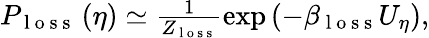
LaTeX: \begin{array}{r}{P_{\mathrm{~l~o~s~s~}}\left(\eta\right)\simeq\frac{1}{Z_{\mathrm{~l~o~s~s~}}}\exp\left(-\beta_{\mathrm{~l~o~s~s~}}U_{\eta}\right),}\end{array}